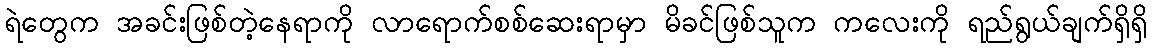
ရဲတွေက အခင်းဖြစ်တဲ့နေရာကို လာရောက်စစ်ဆေးရာမှာ မိခင်ဖြစ်သူက ကလေးကို ရည်ရွယ်ချက်ရှိရှိ